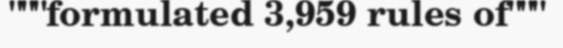
"""formulated 3,959 rules of"""